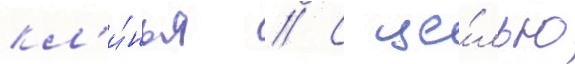
кл'и́нья // С це́лью